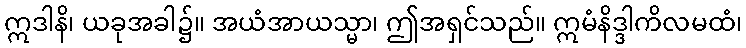
ဣဒါနိ၊ ယခုအခါ၌။ အယံအာယသ္မာ၊ ဤအရှင်သည်။ ဣမံနိဒ္ဒါကိလမထံ၊